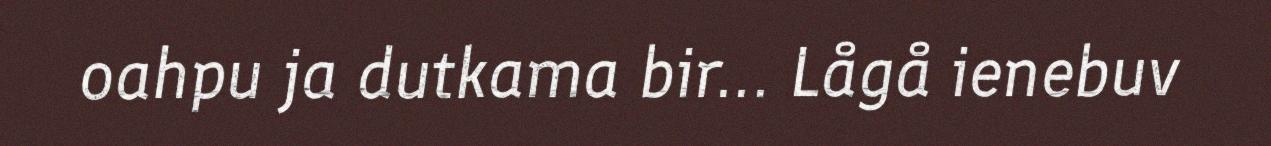
oahpu ja dutkama bir... Lågå ienebuv